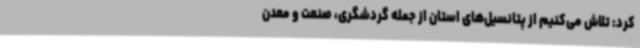
کرد: تلاش می‌کنیم از پتانسیل‌های استان از جمله گردشگری، صنعت و معدن